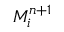
M _ { i } ^ { n + 1 }